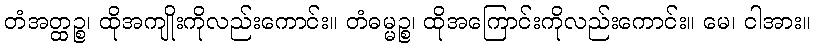
တံအတ္ထဉ္စ၊ ထိုအကျိုးကိုလည်းကောင်း။ တံဓမ္မဉ္စ၊ ထိုအကြောင်းကိုလည်းကောင်း။ မေ၊ ငါအား။